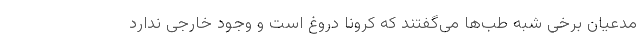
مدعیان برخی شبه طب‌ها می‌گفتند که کرونا دروغ است و وجود خارجی ندارد